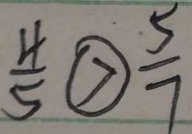
\frac { 4 } { 5 } \textcircled { > } \frac { 5 } { 7 }